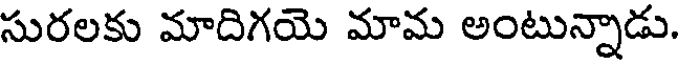
సురలకు మాదిగయె మామ అంటున్నాడు.